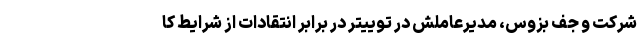
شرکت و جف بزوس، مدیرعاملش در توییتر در برابر انتقادات از شرایط کا